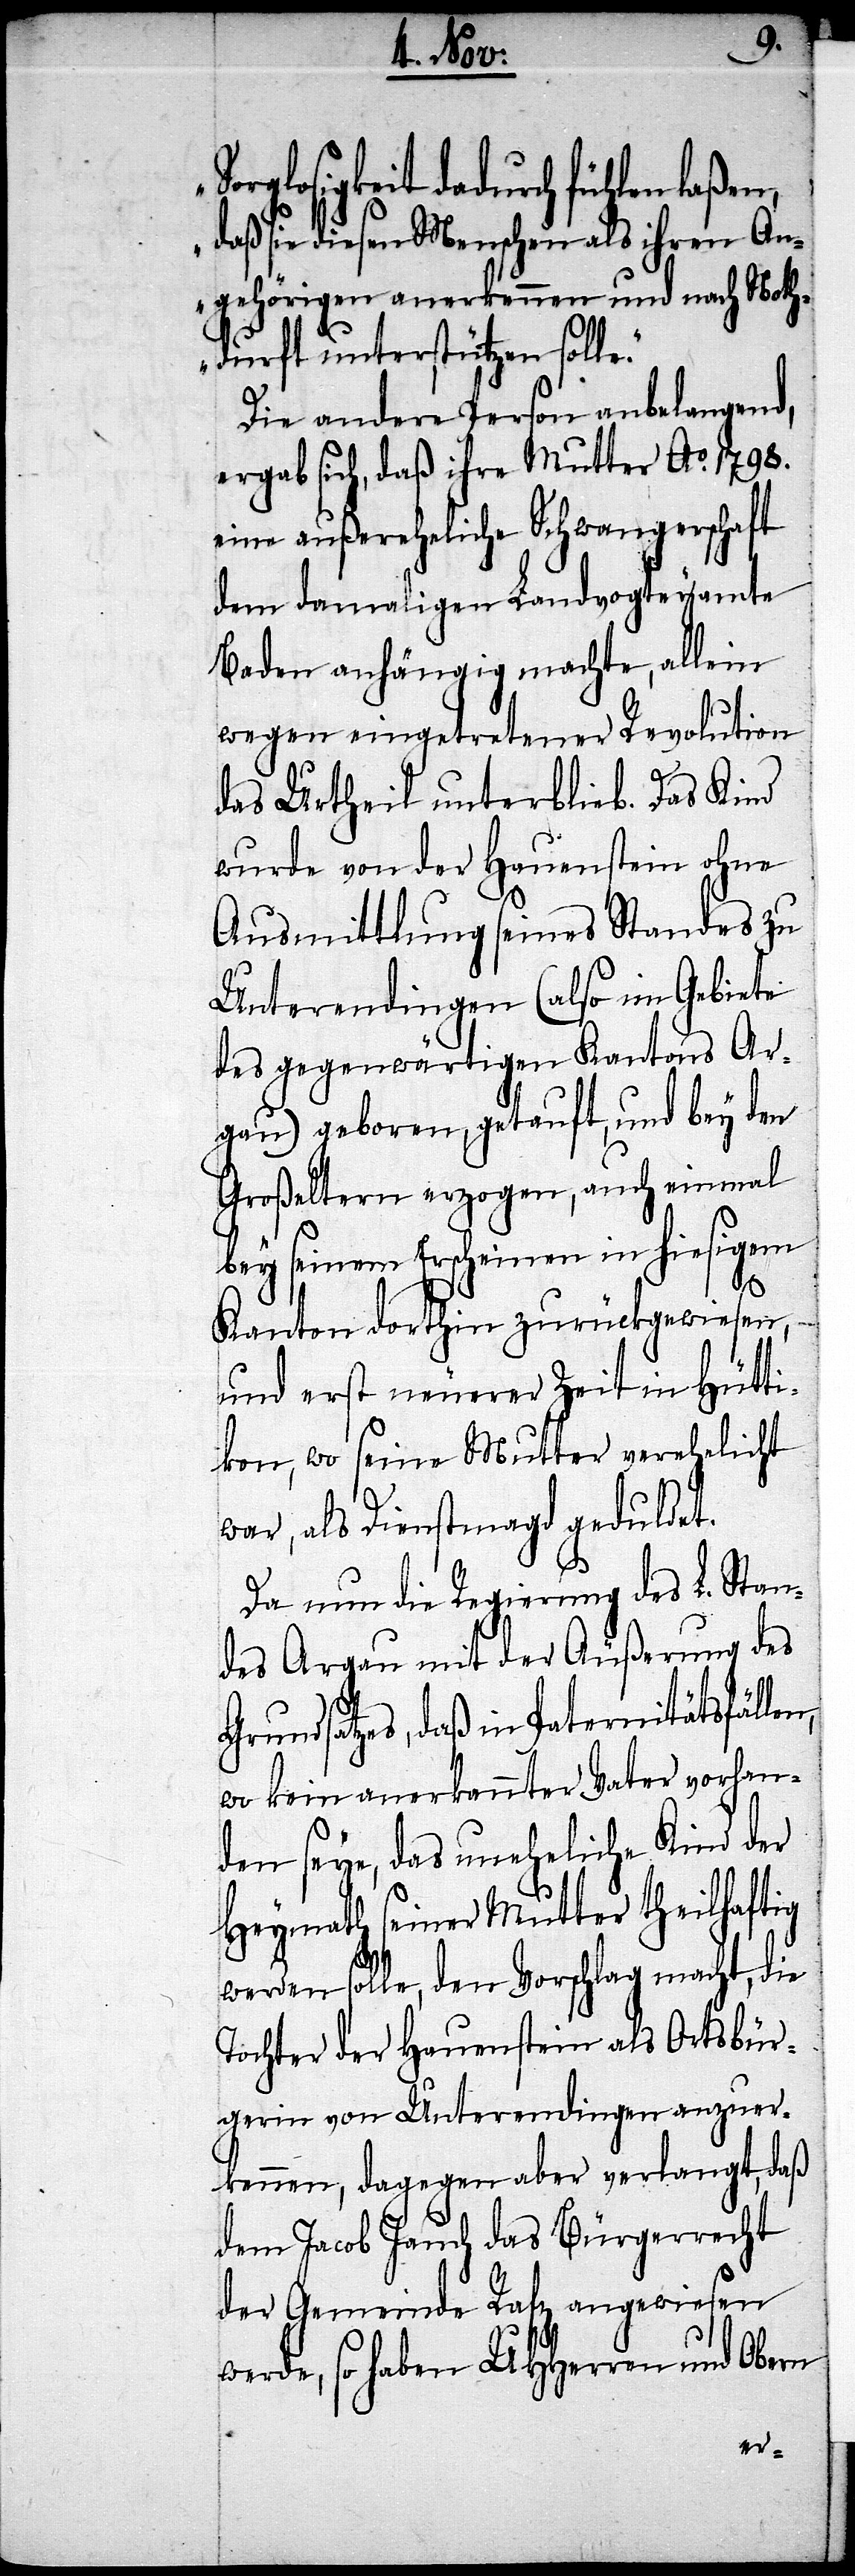
S¬
orglosigkeit dadurch fühlen
daß sie diesen Menschen als ihren An¬
gehörigen anerkennen und nach Noth¬
durft unterstützen soll¬
Die andere Person angelangend,
ergab sich, daß ihre Mutter Ao. 1798.
eine außereheliche Schwangerschaft
dem damaligen Landvogteyamte
Baden anhängig machte, allein
wegen eingetretener Revolution
das Urtheil unterblieb. Das Kind
wurde von der Hauenstein ohne
Ausmittlung seines Standes zu
Unterendingen (also im Gebiete
des gegenwärtigen Kantons Ar¬
gau) geboren, getauft, und bey den
Großeltern erzogen, auch einmal
bey seinem Erscheinen in hiesigem
Kanton dorthin zurückgewiesen,
und erst neuerer Zeit in Hütti¬
kon, wo seine Mutter verehelicht
was, als Dienstmagd geduldet.
Da nun die Regierung des L. Stan¬
des Argau mit der Äußerung des
Grundsatzes, daß in Paternitätsfällen,
wo kein anerkannter Vater vorhan¬
den seye, das uneheliche Kind der
Heymath seiner Mutter theilhaftig
werden solle, dem Vorschlag macht, die
Tochter der Hauenstein als Ortbür¬
gerin von Unterendingen anzuer¬
kennen, dagegen aber verlangt, daß
dem Jacob Jauch das Bürgerrecht
der Gemeinde Ratz angewiesen
werde, so haben UHHerren und Obern
e.“